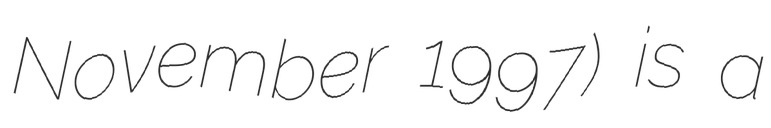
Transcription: November 1997) is a